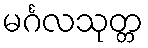
မင်္ဂလသုတ္တ